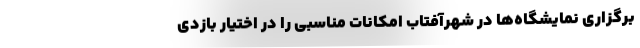
برگزاری نمایشگاه‌ها در شهرآفتاب امکانات مناسبی را در اختیار بازدی